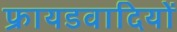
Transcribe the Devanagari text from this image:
फ्रायडवादियों